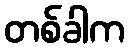
တစ်ခါက